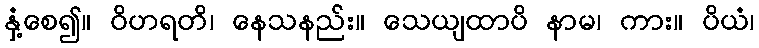
နှံ့စေ၍။ ဝိဟရတိ၊ နေသနည်း။ သေယျထာပိ နာမ၊ ကား။ ပိယံ၊